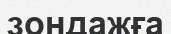
зондажға